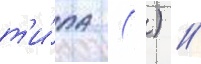
т'и́па ( ) /